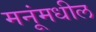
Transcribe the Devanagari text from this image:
मनूंमधील